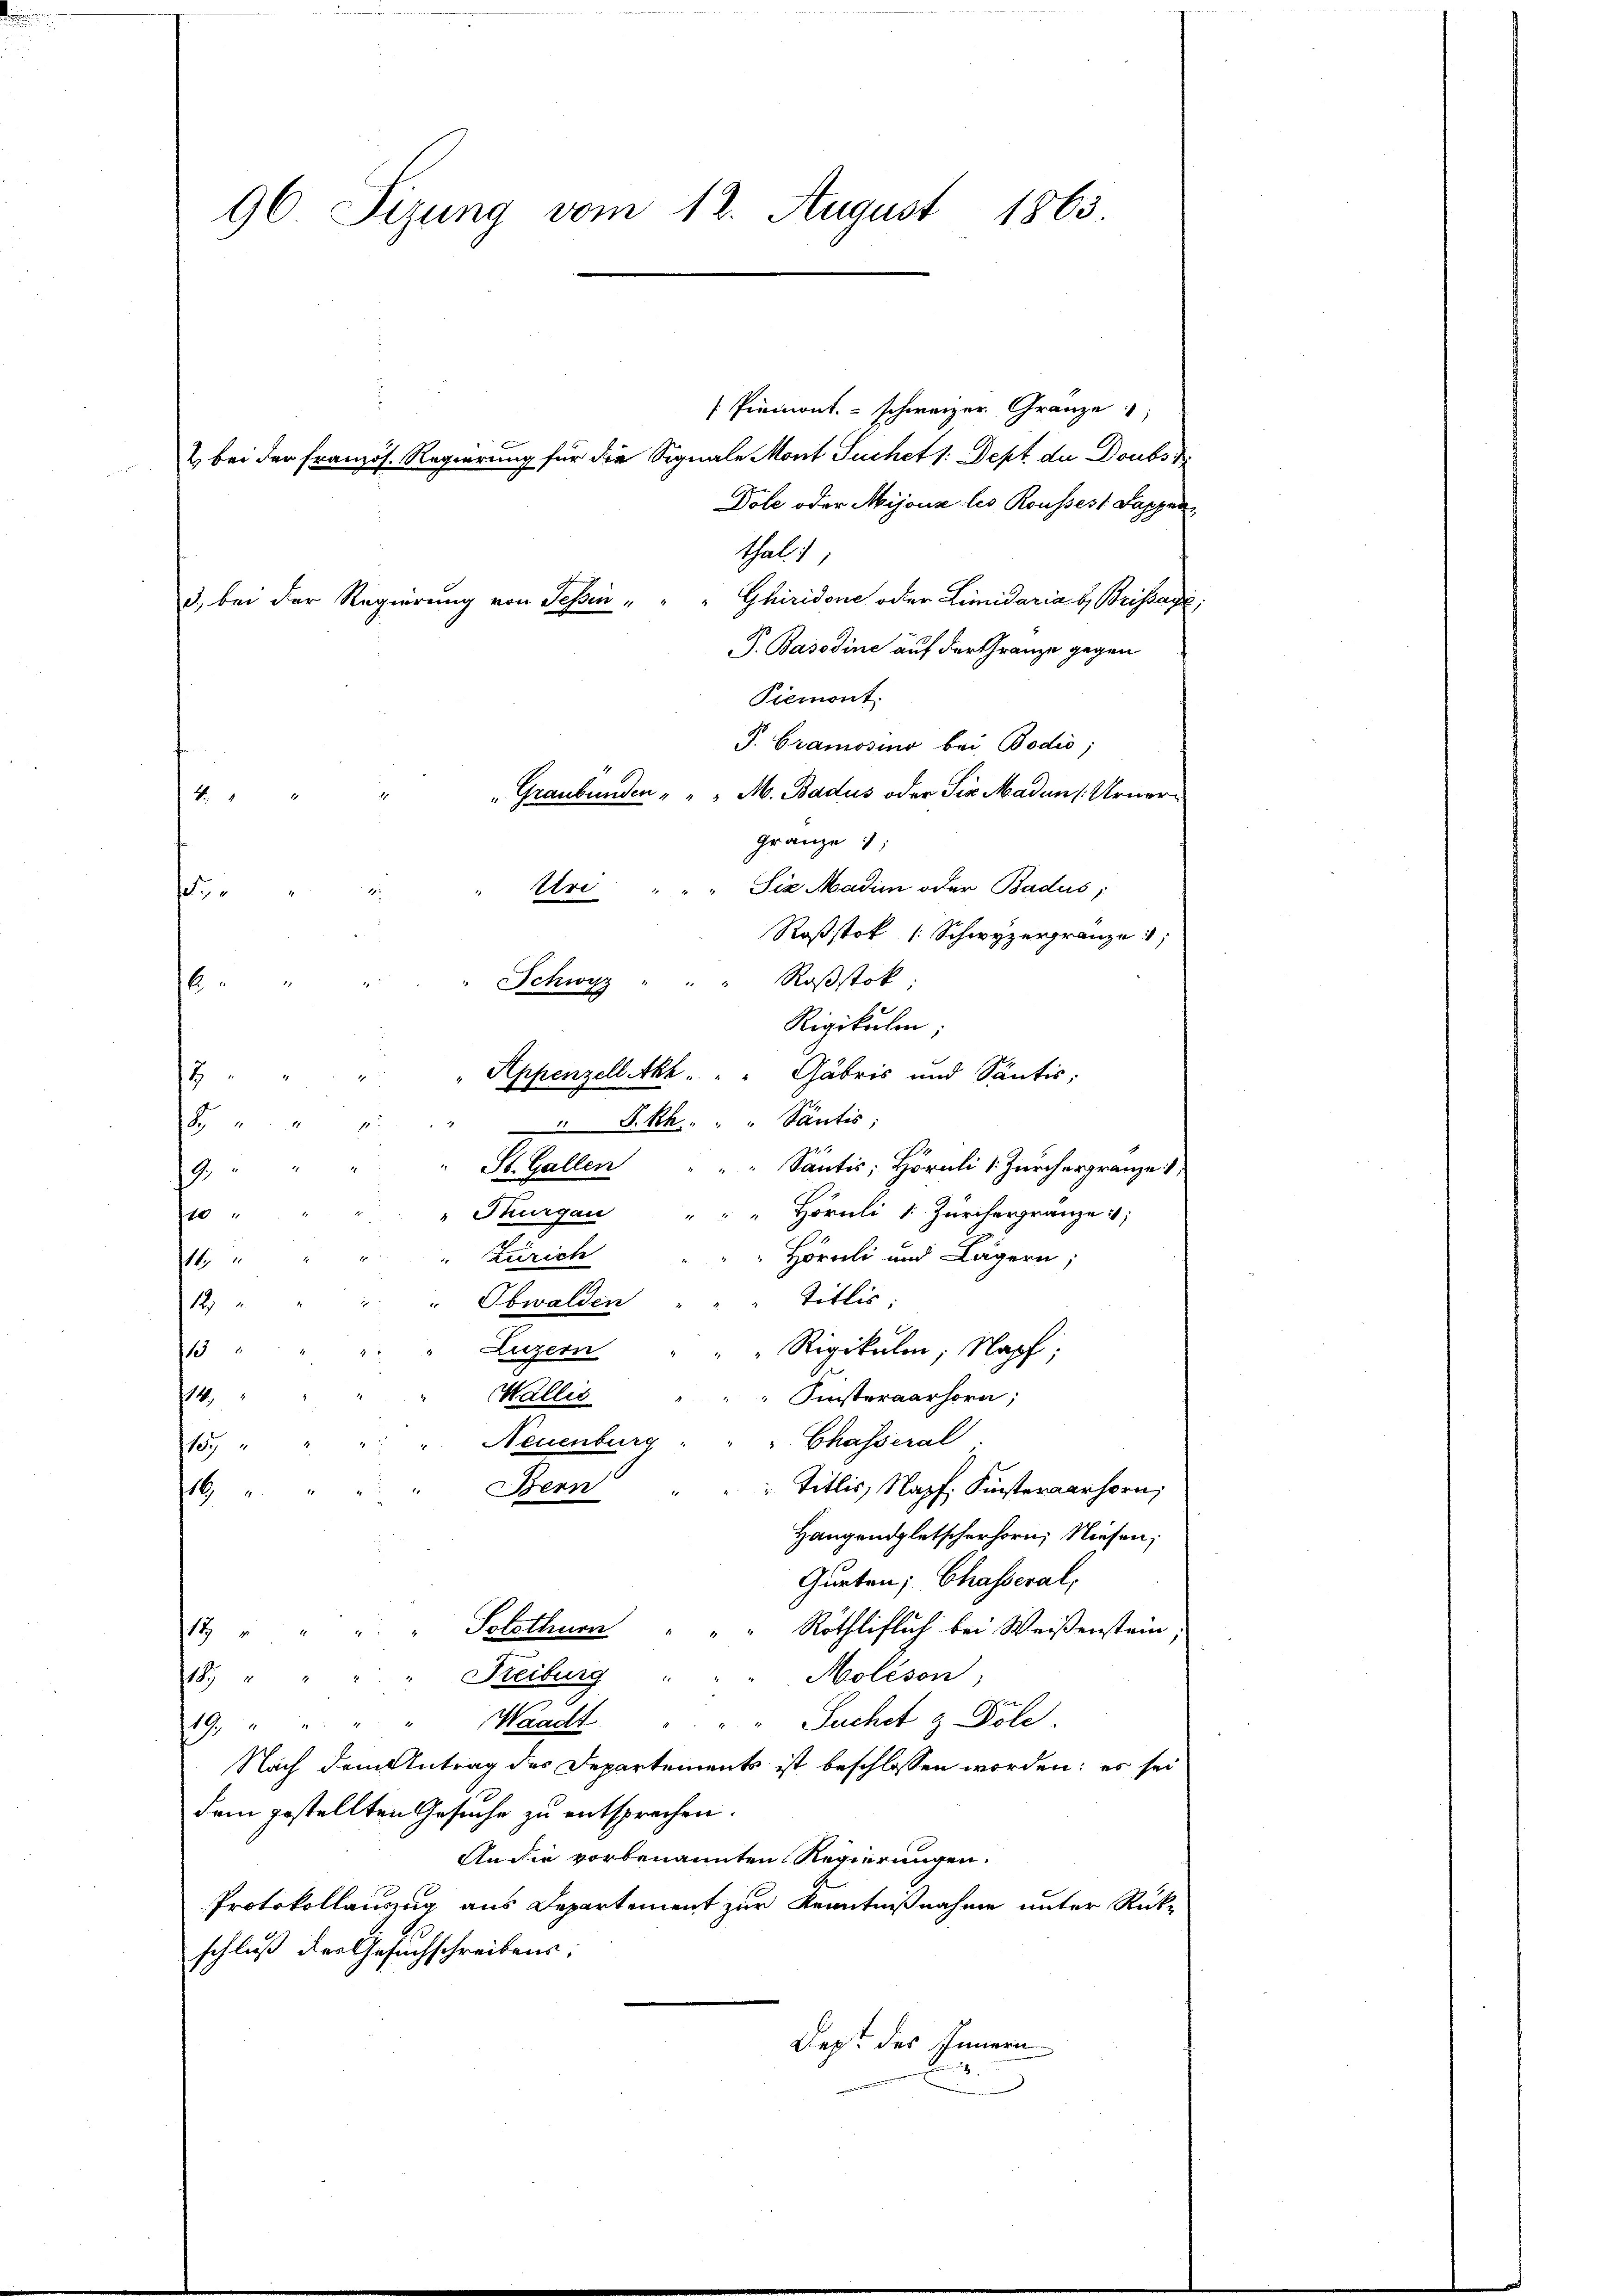
96. Sizung vom 12. August 1863.

[Piemont schweizer Gränze
Dole oder Mijous les Rousses Sappen
thal 1
Ghiridone oder Limidaria b. Brissage:
P. Basadine auf der Granze gegen
Piemont.
P. Cramosino bei Bodio;
"Graubünden " " " M. Badus oder Sie Madan (Urnor¬
Roßstok (Schwyzergränze
Schwyz " " " Roβstok;
Rigikulm;
" Appenzell Akt . . . Gabris und Santis;

St. Gallen
Santis; Hörnli v. Zürch ergränze 1,
2
Hörnli v. Zürchergränze
10 "
Zürich
Hörnli und Lägern;
16
titlis:
 Obwalden
1
Luzern
13
" "Rigikulin, Napf;
14
Wallis " " " Finsteraarhorn,
Chasseral
Neuenburg
107
Bern
Titlis, Napf. Finsteraarhorn,
16
Hangendpletscherhorn, Niesen,
Gurten; Chasseral,
Röthliflich bei Weißenstein;
14 " " " " Solothurn
1
" Molison,
Reiburg
189 " " "
zu
" Suchet & Pole.
19. " " " " Waadt
Nach dem Antrag des Departements ist beschlossen worden; es sei
dem gestellten Gesuche zu entsprechen.
An die vorbenannten Regierungen.
Protokollauszug aus Departement zur Kenntnißnahme unter Rück-
schluß der Gesuchschreibens:
Dep. des Innern

2 bei der französ. Regierung für die Signale Mont Puchet : Dept der Doubs
2
" Uri
e
r
.
R. kk.  "  "  Pantis;
8
1

3., bei der Regierung von Schin¬

" Thurgau "

Gränze

Six Madim oder Badus,